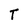
Character: T